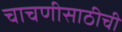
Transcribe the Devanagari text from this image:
चाचणीसाठीची